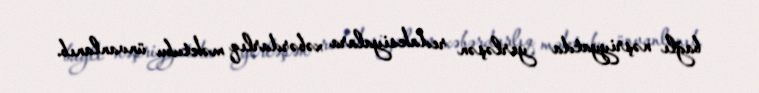
bağlı nəşriyyatda yerləşən redaksiyalara xəbərdarlıq məktubu ünvanlanıb.